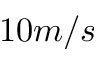
1 0 m / s